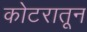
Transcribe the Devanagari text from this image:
कोटरातून